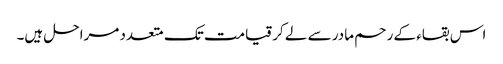
اس بقاء کے رحم مادر سے لے کر قیامت تک متعدد مراحل ہیں۔